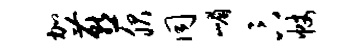
加燕服同嵋卞帐